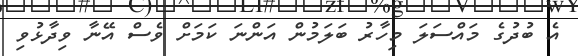
އެ ބުދުގެ މައްސަލަ މިހާރު ބަލަމުން އަންނަ ކަމަށް ވެސް އޭނާ ވިދާޅުވި